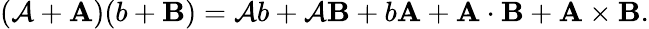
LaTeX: (\mathcal{A}+\mathbf{{A}})(b+\mathbf{{B}})=\mathcal{A}b+\mathcal{A}\mathbf{{B}}+b\mathbf{{A}}+\mathbf{{A}}\cdot\mathbf{{B}}+\mathbf{{A}}\times\mathbf{{B}}.